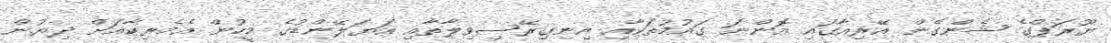
ޔޫރަޕްގެ ޝެންގެން އޭރިއާގައި އޮންނަ ގައުމުތަކާއި އިނގިރޭސިވިލާތާއި އަޔަލޭންޑުގެ މީހުން އެމެރިކާއަށް ދިޔުން